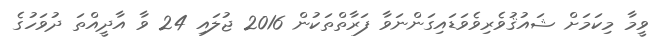
ވީމާ މިކަމަށް ޝައުޤުވެރިވެވަޑައިގަންނަވާ ފަރާތްތަކުން 2016 ޖުލައި 24 ވާ އާދީއްތަ ދުވަހުގެ